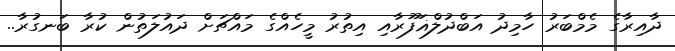
ދާއިރާގެ މެމްބަރު ހާމިދު އަބްދުލްޣަފޫރާއި އިތުރު މީހެއްގެ މައްޗަށް ދައުލަތުން ކުރާ ބަނގުރާ..